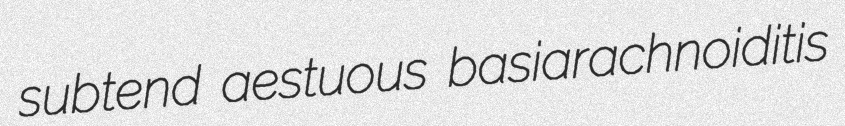
subtend aestuous basiarachnoiditis